Civil Veterinary Department. United Provinces 1932-42 - 1932-1942
Year: 1932
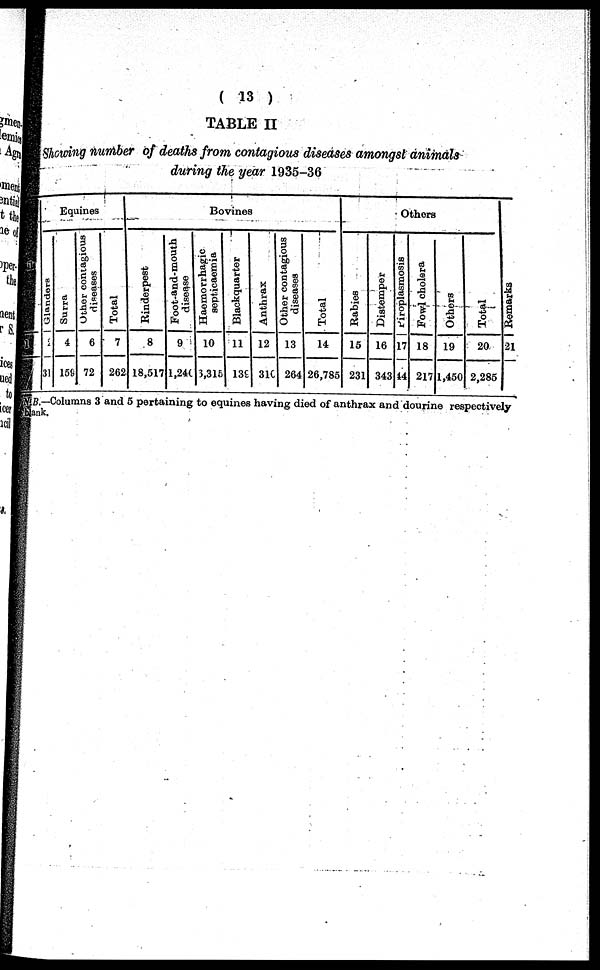
( 13 )
TABLE II
Showing number of deaths from contagious diseases amongst animals
during the year 1935-36
1
Equines
Glanders
1
31
Surra
4
159
Other contagious
diseases
6
72
Total
7
262
Bovines
Rinderpest
8
18,517
Foot-and-mouth
disease
9
1,246
Haemorrhagic
septicaemia
10
5,315
Blackquarter
11
139
Anthrax
12
31C
Other contagious
diseases
13
264
Total
14
26,785
Others
Rabies
15
231
Distemper
16
343
Piroplasmosis
17
14
Fowl cholera
18
217
Others
19
1,450
Total
20
2,285
Remarks
21
N.B.—Columns 3 and 5 pertaining to equines having died of anthrax and dourine respectively
blank.